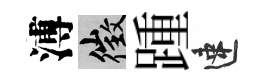
溥徵踵速